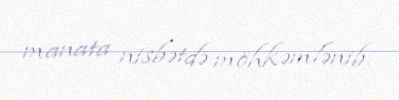
manata nisbətdə möhkəmlənib.